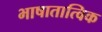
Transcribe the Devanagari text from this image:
भाषातात्विक